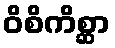
ဝိစိကိစ္ဆာ